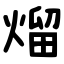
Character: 熘